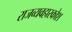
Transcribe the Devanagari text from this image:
राजव्यवहारकोश